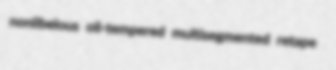
nonlibelous oil-tempered multisegmented retape